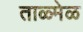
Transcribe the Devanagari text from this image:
ताळ्मेळ